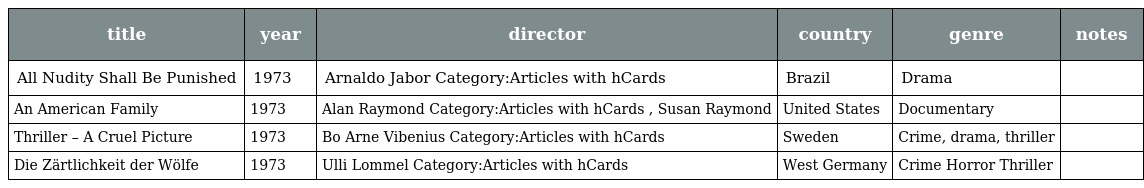
| title | year | director | country | genre | notes |
 | --- | --- | --- | --- | --- | --- |
 | All Nudity Shall Be Punished | 1973 | Arnaldo Jabor Category:Articles with hCards | Brazil | Drama |  |
 | An American Family | 1973 | Alan Raymond Category:Articles with hCards , Susan Raymond | United States | Documentary |  |
 | Thriller – A Cruel Picture | 1973 | Bo Arne Vibenius Category:Articles with hCards | Sweden | Crime, drama, thriller |  |
 | Die Zärtlichkeit der Wölfe | 1973 | Ulli Lommel Category:Articles with hCards | West Germany | Crime Horror Thriller |  |